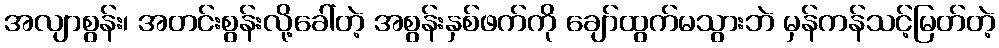
အလျာစွန်း၊ အတင်းစွန်းလို့ခေါ်တဲ့ အစွန်းနှစ်ဖက်ကို ချော်ထွက်မသွားဘဲ မှန်ကန်သင့်မြတ်တဲ့